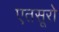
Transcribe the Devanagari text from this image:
एतसूरो